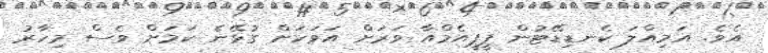
އެވެ. އަމިއްލަ ކެނޑިޑޭޓުން ޕީޕީއެމްއާ ވަރަށް އަވަހަށް ގުޅޭނެ ކަމަށް ވެސް މިހާރު